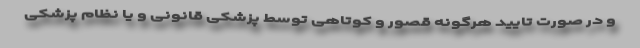
و در صورت تایید هرگونه قصور و کوتاهی توسط پزشکی قانونی و یا نظام پزشکی